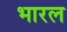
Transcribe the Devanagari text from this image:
भारल